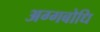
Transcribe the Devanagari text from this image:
अग्गबोधि